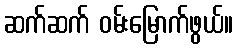
ဆက်ဆက် ဝမ်းမြောက်ဖွယ်။